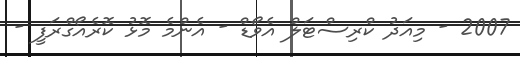
2007 - މިއަދު ކްރިސްޓަލް އެވޯޑް - އެންމެ މޮޅު ކޮރެއޯގްރަފީ -